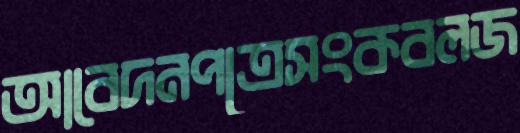
আবেদনপত্রেসংকবলজ